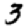
Digit: 3